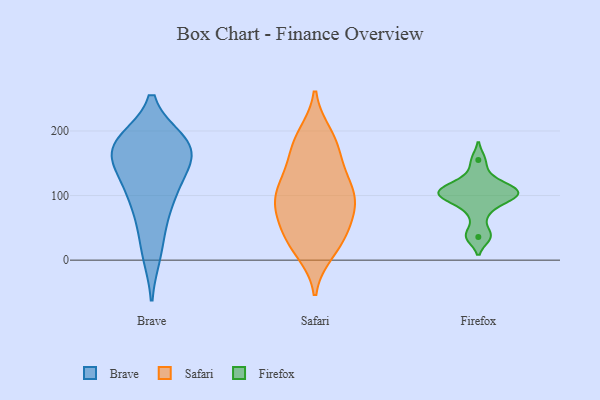
{"axis": {"x": "Page Views", "y": "Value"}, "legend": ["Brave", "Firefox", "Safari"], "data": [{"x": "", "y": 137, "type": "Brave"}, {"x": "", "y": 170, "type": "Brave"}, {"x": "", "y": 10, "type": "Brave"}, {"x": "", "y": 182, "type": "Brave"}, {"x": "", "y": 112, "type": "Brave"}, {"x": "", "y": 60, "type": "Brave"}, {"x": "", "y": 99, "type": "Brave"}, {"x": "", "y": 167, "type": "Brave"}, {"x": "", "y": 172, "type": "Brave"}, {"x": "", "y": 183, "type": "Brave"}, {"x": "", "y": 104, "type": "Safari"}, {"x": "", "y": 13, "type": "Safari"}, {"x": "", "y": 68, "type": "Safari"}, {"x": "", "y": 92, "type": "Safari"}, {"x": "", "y": 186, "type": "Safari"}, {"x": "", "y": 67, "type": "Safari"}, {"x": "", "y": 108, "type": "Safari"}, {"x": "", "y": 185, "type": "Safari"}, {"x": "", "y": 108, "type": "Safari"}, {"x": "", "y": 91, "type": "Safari"}, {"x": "", "y": 19, "type": "Safari"}, {"x": "", "y": 48, "type": "Safari"}, {"x": "", "y": 31, "type": "Safari"}, {"x": "", "y": 194, "type": "Safari"}, {"x": "", "y": 38, "type": "Safari"}, {"x": "", "y": 92, "type": "Safari"}, {"x": "", "y": 162, "type": "Safari"}, {"x": "", "y": 143, "type": "Safari"}, {"x": "", "y": 137, "type": "Safari"}, {"x": "", "y": 102, "type": "Firefox"}, {"x": "", "y": 91, "type": "Firefox"}, {"x": "", "y": 155, "type": "Firefox"}, {"x": "", "y": 97, "type": "Firefox"}, {"x": "", "y": 129, "type": "Firefox"}, {"x": "", "y": 72, "type": "Firefox"}, {"x": "", "y": 111, "type": "Firefox"}, {"x": "", "y": 39, "type": "Firefox"}, {"x": "", "y": 109, "type": "Firefox"}, {"x": "", "y": 36, "type": "Firefox"}, {"x": "", "y": 102, "type": "Firefox"}, {"x": "", "y": 110, "type": "Firefox"}]}